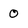
Character: 0